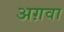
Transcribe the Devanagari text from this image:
अग़वा